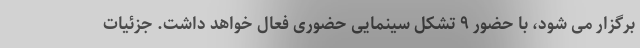
برگزار می شود، با حضور ۹ تشکل سینمایی حضوری فعال خواهد داشت. جزئیات